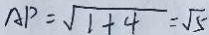
A P = \sqrt { 1 + 4 } = \sqrt { 5 }